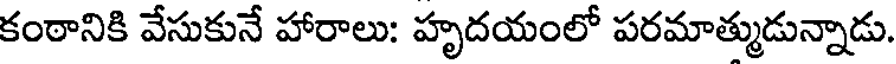
కంఠానికి వేసుకునే హారాలు: హృదయంలో పరమాత్ముడున్నాడు.